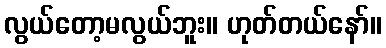
လွယ်တော့မလွယ်ဘူး။ ဟုတ်တယ်နော်။